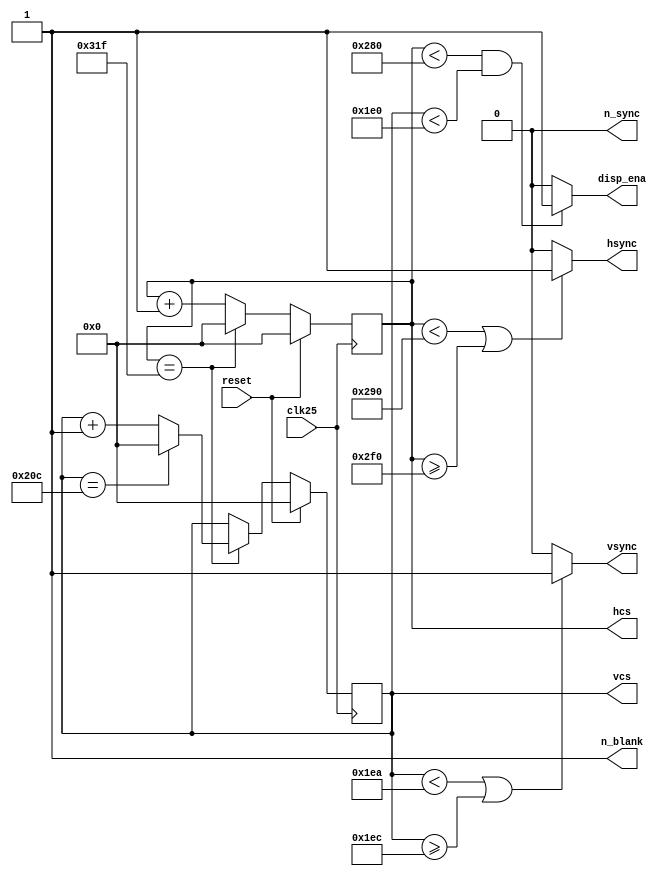
module vga_640x480(clk25,reset,hcs,vcs,hsync,vsync,disp_ena,n_blank,n_sync);
input clk25,reset;
output hsync,vsync,disp_ena;
output reg [9:0] hcs,vcs;
output wire n_blank,n_sync;
//wire [9:0] h_period,v_period;

localparam h_period =10'b1100100000; //h_period = hpixels + hfp + hpulse + hbp = 640+16+96+48=800
localparam v_period =10'b1000001101; //v_period = hpixels + hfp + hpulse + hbp = 480+10+2+33 = 525

assign n_blank = 1'b1;  //no direct blanking
assign n_sync = 1'b0;   //no sync on green
//counter
always @(posedge clk25)
begin
	if (reset == 1)
	begin
		hcs <= 10'd0;
		vcs <= 10'd0;
	end
	else 
		if(hcs == h_period - 1)
			begin
				hcs <= 10'd0;
				if(vcs == v_period - 10'd1)
					vcs <= 10'd0;
				else
					vcs <= vcs + 10'd1;
			end
		else
			begin
			hcs <= hcs + 10'd1;
			end
end
//horizontal sync
assign hsync = ((hcs < 656)||(hcs >= 752))?1:0;//hsync = ((hcs < hpixels + hfp)||(hcs >= hpixels + hfp + hpulse))?1:0
//vertical sync
assign vsync = ((vcs < 490)||(vcs >= 492))?1:0;//vsync = ((vcs < vpixels + hfp)||(vcs >= vpixels + vfp + vpulse))?1:0
//set display
assign disp_ena = (hcs < 640)&&(vcs < 480)?1:0;//disp_ena = (hcs < hpixels)&&(vcs < vpixels)?1:0
endmodule